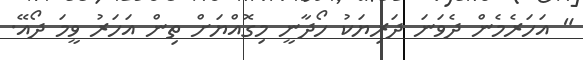
" އަހަރެމެން ދެވަނަ ދަރިޔަކު ހޯދާނީ މިގޮއްޔަށް ތިން އަހަރު ވީމަ ދޯއޭ.